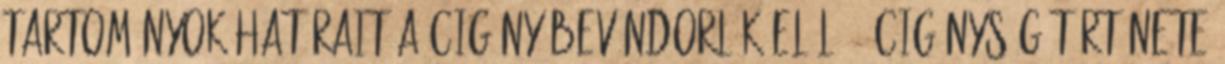
tartományok határait a cigány bevándorlók elől 66 Cigányság története